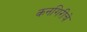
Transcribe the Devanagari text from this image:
कनगिरीचे